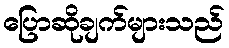
ပြောဆိုချက်များသည်